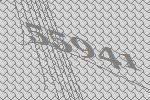
55941